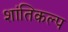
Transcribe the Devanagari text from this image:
शांतिकल्प